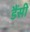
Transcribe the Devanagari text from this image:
डैंसी